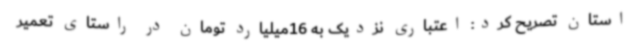
استان تصریح کرد: اعتباری نزدیک به 16میلیارد تومان در راستای تعمیر